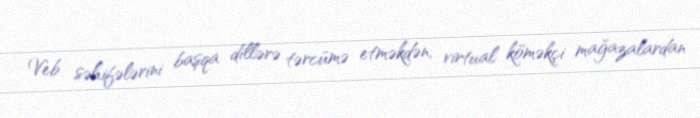
Veb səhifələrini başqa dillərə tərcümə etməkdən, virtual köməkçi mağazalardan